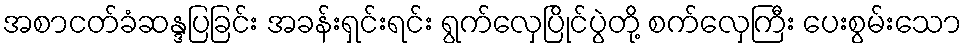
အစာငတ်ခံဆန္ဒပြခြင်း အခန်းရှင်းရင်း ရွက်လှေပြိုင်ပွဲတို့ စက်လှေကြီး ပေးစွမ်းသော